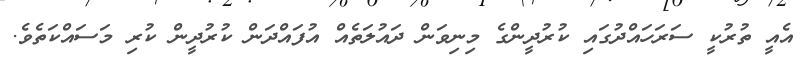
އެއީ ތުރުކީ ސަރަހައްދުގައި ކުރުދީންގެ މިނިވަން ދައުލަތެއް އުފައްދަން ކުރުދީން ކުރި މަސައްކަތެވެ.